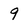
Character: 9